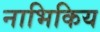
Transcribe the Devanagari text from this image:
नाभिकिय